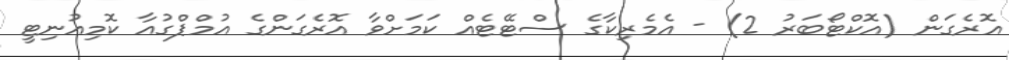
އޮރެގަން (އޮކްޓޯބަރު 2) - އެމެރިކާގެ ސްޓޭޓެއް ކަަމަށްވާ އޮރެގަންގެ އުމްޕްގުއާ ކޮމިއުނިޓީ